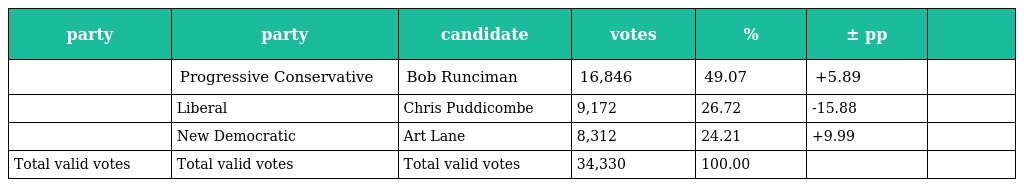
| party | party | candidate | votes | % | ± pp |  |
 | --- | --- | --- | --- | --- | --- | --- |
 |  | Progressive Conservative | Bob Runciman | 16,846 | 49.07 | +5.89 |  |
 |  | Liberal | Chris Puddicombe | 9,172 | 26.72 | -15.88 |  |
 |  | New Democratic | Art Lane | 8,312 | 24.21 | +9.99 |  |
 | Total valid votes | Total valid votes | Total valid votes | 34,330 | 100.00 |  |  |